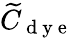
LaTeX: \widetilde{C}_{\mathrm{~d~y~e~}}